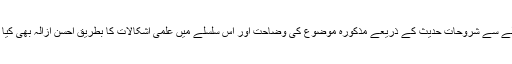
اس حوالے سے شروحاتِ حدیث کے ذریعے مذکورہ موضوع کی وضاحت اور اس سلسلے میں علمی اِشکالات کا بطریقِ اَحسن ازالہ بھی کیا گیا ہے۔